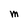
Character: M